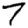
Digit: 7